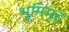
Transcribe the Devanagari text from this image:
भूमिगृह